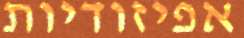
אפיזודיות